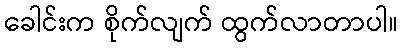
ခေါင်းက စိုက်လျက် ထွက်လာတာပါ။